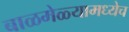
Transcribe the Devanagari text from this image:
बाळमेळ्यामध्येच